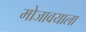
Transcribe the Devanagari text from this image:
मोजावयाला